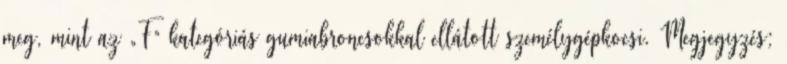
meg, mint az „F” kategóriás gumiabroncsokkal ellátott személygépkocsi. Megjegyzés: